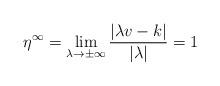
LaTeX: \begin{align*}\eta^\infty = \lim\limits_{\lambda\to\pm\infty}\frac{|\lambda v-k|}{|\lambda|} = 1\end{align*}